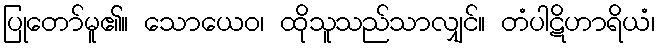
ပြုတော်မူ၏။ သောယေဝ၊ ထိုသူသည်သာလျှင်။ တံပါဋိဟာရိယံ၊